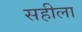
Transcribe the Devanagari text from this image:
सहीला